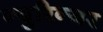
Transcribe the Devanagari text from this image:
न्युरिन्जर